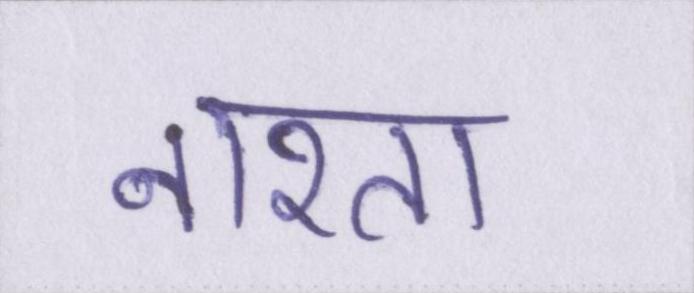
नाश्ता